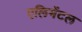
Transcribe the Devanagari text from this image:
एलिमेंटल